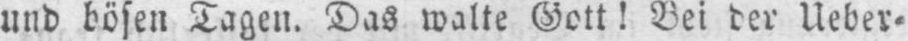
und bösen Tagen. Das walte Gott! Bei der Ueber⸗